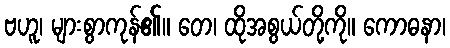
ဗဟူ၊ များစွာကုန်၏။ တေ၊ ထိုအစွယ်တို့ကို။ ကောဓနာ၊